Report on vaccination in the Province of Bengal - 1869-1873
Year: 1869
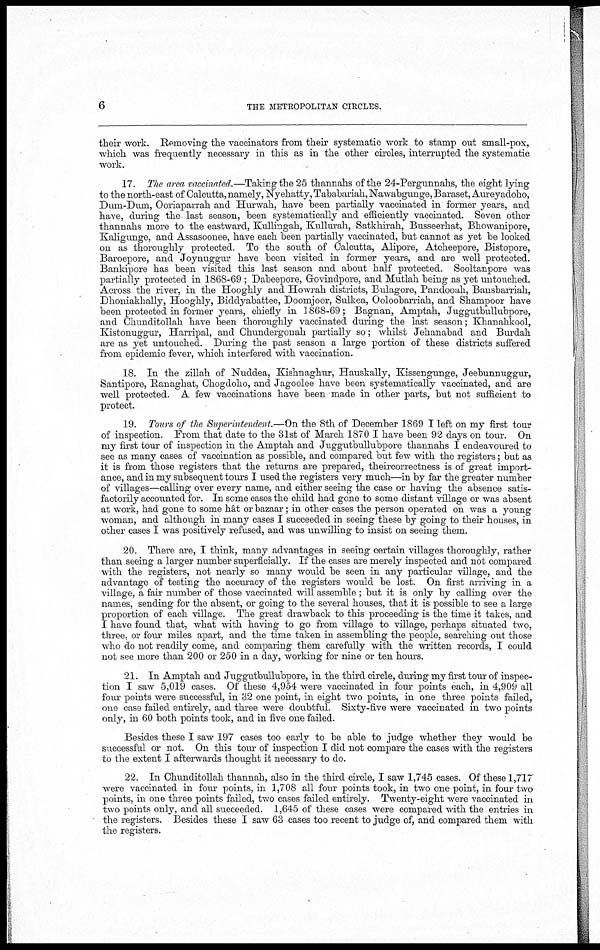
6
THE METROPOLITAN CIRCLES.
their work. Removing the vaccinators from their systematic work to stamp out small-pox,
which was frequently necessary in this as in the other circles, interrupted the systematic
work.
17. The area vaccinated.—Taking the 25 thannahs of the 24-Pergunnahs, the eight lying
to the north-east of Calcutta,namely, Nyehatty, Tababariah,Nawabgunge, Baraset, Aureyadoho,
Dum-Dum, Ooriaparrah and Hurwah, have been partially vaccinated in former years, and
have, during the last season, been systematically and efficiently vaccinated. Seven other
thannahs more to the eastward, Kullingah, Kullurah, Satkhirah, Busseerhat, Bhowanipore,
Kaligunge, and Assasoonee, have each been partially vaccinated, but cannot as yet be looked
on as thoroughly protected. To the south of Calcutta, Alipore, Atcheepore, Bistopore,
Baroepore, and Joynuggur have been visited in former years, and are well protected.
Bankipore has been visited this last season and about half protected. Sooltanpore was
partially protected in 1868-69 ; Dabeepore, Govindpore, and Mutlah being as yet untouched.
Across the river, in the Hooghly and Howrah districts, Bulagore, Pandooah, Bansbarriah,
Dhoniakhally, Hooghly, Biddyabattee, Doomjoor, Sulkea, Ooloobarriah, and Shampoor have
been protected in former years, chiefly in 1868-69; Bagnan, Amptah, Juggutbullubpore,
and Chunditollah have been thoroughly vaccinated during the last season; Khanahkool,
Kistonuggur, Harripal, and Chundergonah partially so; whilst Jehanabad and Burdah
are as yet untouched. During the past season a large portion of these districts suffered
from epidemic fever, which interfered with vaccination.
18. In the zillah of Nuddea, Kishnaghur, Hauskally, Kissengunge, Jeebunnuggur,
Santipore, Ranaghat, Chogdoho, and Jagoolee have been systematically vaccinated, and are
well protected. A few vaccinations have been made in other parts, but not sufficient to
protect.
19. Tours of the Superintendent.—On the 8th of December 1869 I left on my first tour
of inspection. From that date to the 31st of March 1870 I have been 92 days on tour. On
my first tour of inspection in the Amptah and Juggutbullubpore thannahs I endeavoured to
see as many cases of vaccination as possible, and compared but few with the registers; but as
it is from those registers that the returns are prepared, theircorrectness is of great import-
ance, and in my subsequent tours I used the registers very much—in by far the greater number
of villages—calling over every name, and either seeing the case or having the absence satis-
factorily accounted for. In some cases the child had gone to some distant village or was absent
at work, had gone to some hât or bazaar; in other cases the person operated on was a young
woman, and although in many cases I succeeded in seeing these by going to their houses, in
other cases I was positively refused, and was unwilling to insist on seeing them.
20. There are, I think, many advantages in seeing certain villages thoroughly, rather
than seeing a larger number superficially. If the cases are merely inspected and not compared
with the registers, not nearly so many would be seen in any particular village, and the
advantage of testing the accuracy of the registers would be lost. On first arriving in a
village, a fair number of those vaccinated will assemble ; but it is only by calling over the
names, sending for the absent, or going to the several houses, that it is possible to see a large
proportion of each village. The great drawback to this proceeding is the time it takes, and
I have found that, what with having to go from village to village, perhaps situated two,
three, or four miles apart, and the time taken in assembling the people, searching out those
who do not readily come, and comparing them carefully with the written records, I could
not see more than 200 or 250 in a day, working for nine or ten hours.
21. In Amptah and Juggutbullubpore, in the third circle, during my first tour of inspec-
tion I saw 5,019 cases. Of these 4,954 were vaccinated in four points each, in 4,909 all
four points were successful, in 32 one point, in eight two points, in one three points failed,
one case failed entirely, and three were doubtful. Sixty-five were vaccinated in two points
only, in 60 both points took, and in five one failed.
Besides these I saw 197 cases too early to be able to judge whether they would be
successful or not. On this tour of inspection I did not compare the cases with the registers
to the extent I afterwards thought it necessary to do.
22. In Chunditollah thannah, also in the third circle, I saw 1,745 cases. Of these 1,717
were vaccinated in four points, in 1,708 all four points took, in two one point, in four two
points, in one three points failed, two cases failed entirely. Twenty-eight were vaccinated in
two points only, and all succeeded. 1,645 of these cases were compared with the entries in
the registers. Besides these I saw 63 cases too recent to judge of, and compared them with
the registers.